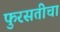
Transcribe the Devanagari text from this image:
फुरसतीचा